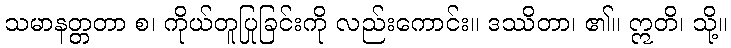
သမာနတ္တတာ စ၊ ကိုယ်တူပြုခြင်းကို လည်းကောင်း။ ဒဿိတာ၊ ၏။ ဣတိ၊ သို့။